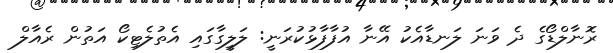
ރޮނާލްޑޯގެ ދެ ވަނަ ލަނޑާއެކު އޭނާ އުފާފާޅުކުރަނީ: ލަލީގާގައި އެތުލެޓިކޯ އަތުން ރެއާލް